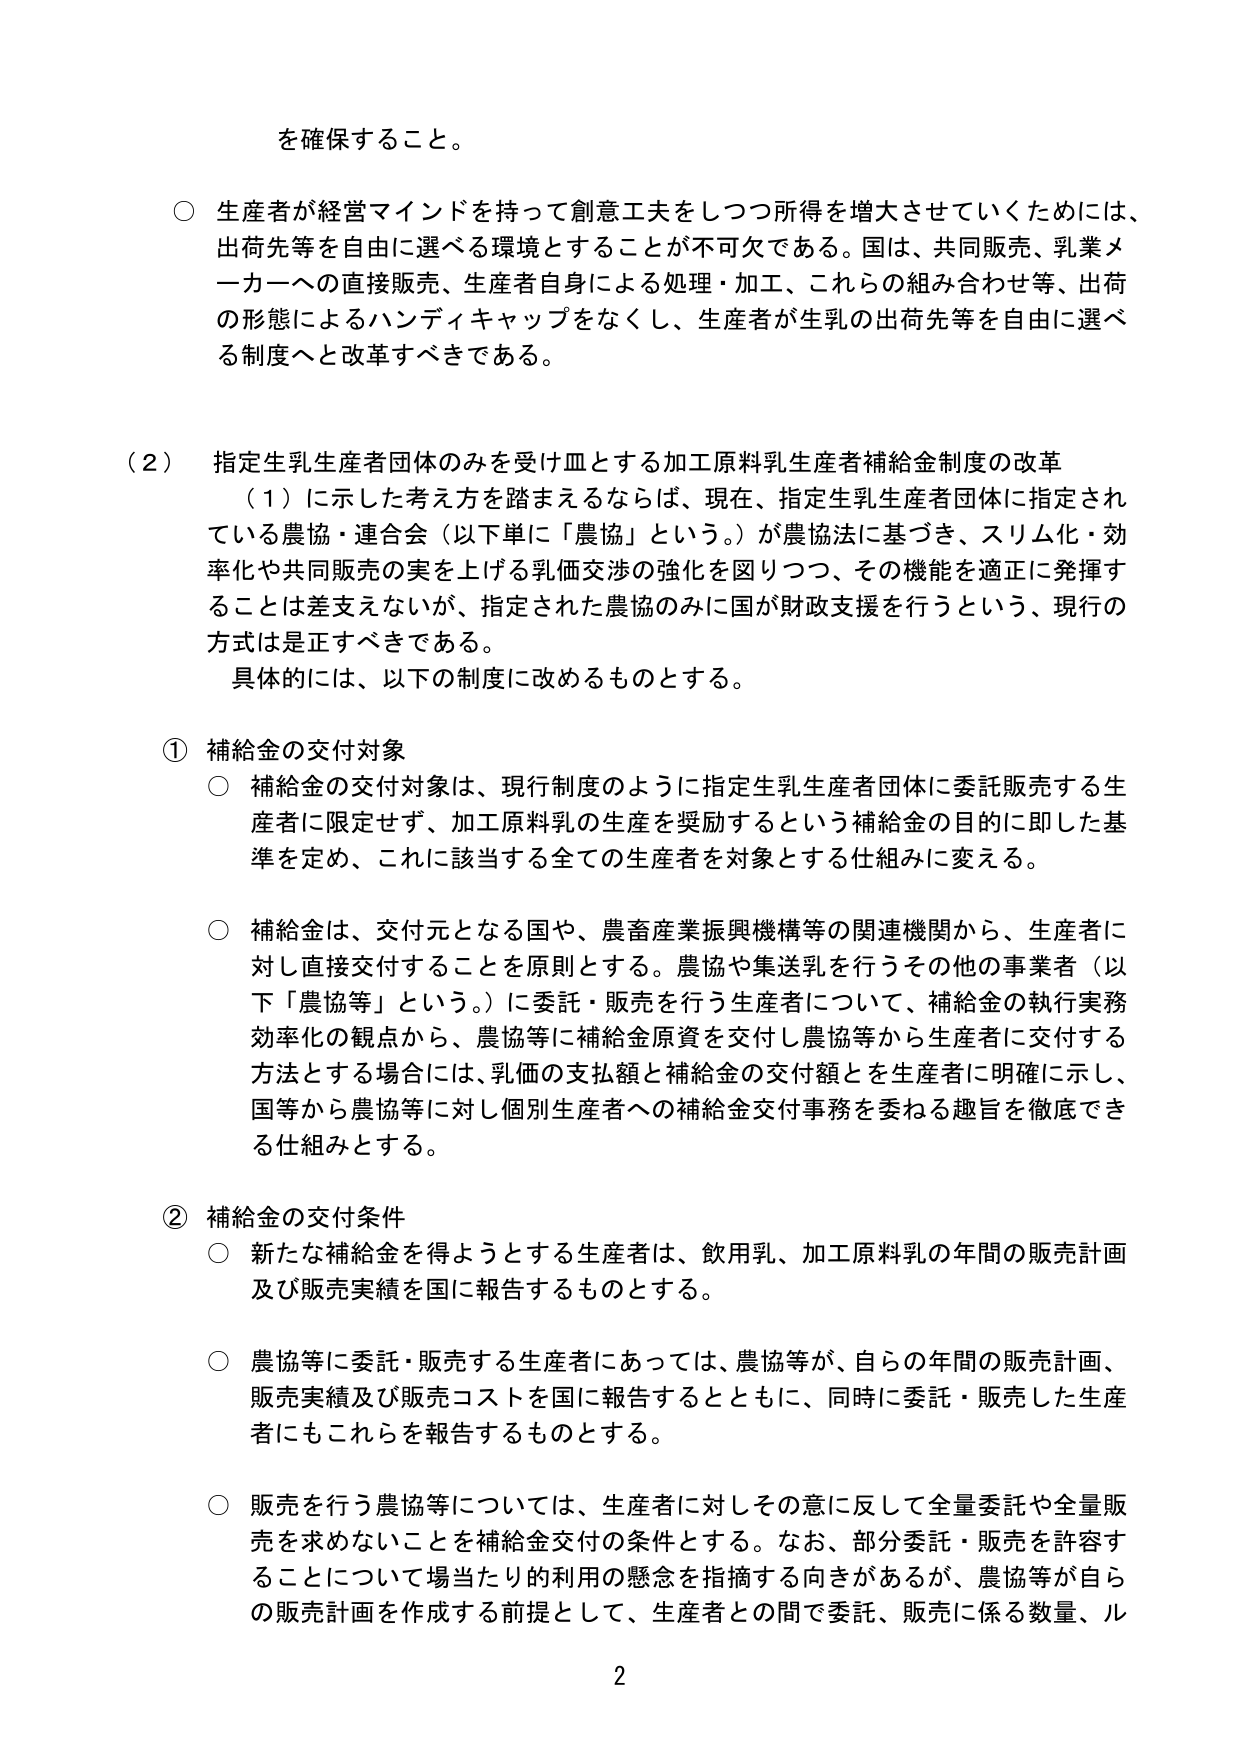
を確保すること。

○ 生産者が経営マインドを持って創意工夫をしつつ所得を増大させていくためには、出荷先等を自由に選べる環境とすることが不可欠である。国は、共同販売、乳業メーカーへの直接販売、生産者自身による処理・加工、これらの組み合わせ等、出荷の形態によるハンディキャップをなくし、生産者が生乳の出荷先等を自由に選べる制度へと改革すべきである。

（2） 指定生乳生産者団体のみを受け皿とする加工原料乳生産者補給金制度の改革
　（1）に示した考え方を踏まえるならば、現在、指定生乳生産者団体に指定されている農協・連合会（以下単に「農協」という。）が農協法に基づき、スリム化・効率化や共同販売の実を上げる乳価交渉の強化を図りつつ、その機能を適正に発揮することは差支えないが、指定された農協のみに国が財政支援を行うという、現行の方式は是正すべきである。
　具体的には、以下の制度に改めるものとする。

① 補給金の交付対象
○ 補給金の交付対象は、現行制度のように指定生乳生産者団体に委託販売する生産者に限定せず、加工原料乳の生産を奨励するという補給金の目的に即した基準を定め、これに該当する全ての生産者を対象とする仕組みに変える。

○ 補給金は、交付元となる国や、農畜産業振興機構等の関連機関から、生産者に対し直接交付することを原則とする。農協や集送乳を行うその他の事業者（以下「農協等」という。）に委託・販売を行う生産者について、補給金の執行実務効率化の観点から、農協等に補給金原資を交付し農協等から生産者に交付する方法とする場合には、乳価の支払額と補給金の交付額とを生産者に明確に示し、国等から農協等に対し個別生産者への補給金交付事務を委ねる趣旨を徹底できる仕組みとする。

② 補給金の交付条件
○ 新たな補給金を得ようとする生産者は、飲用乳、加工原料乳の年間の販売計画及び販売実績を国に報告するものとする。

○ 農協等に委託・販売する生産者にあっては、農協等が、自らの年間の販売計画、販売実績及び販売コストを国に報告するとともに、同時に委託・販売した生産者にもこれらを報告するものとする。

○ 販売を行う農協等については、生産者に対してその意に反して全量委託や全量販売を求めないことを補給金交付の条件とする。なお、部分委託・販売を許容することについて場当たりの利用の懸念を指摘する向きがあるが、農協等が自らの販売計画を作成する前提として、生産者との間で委託・販売に係る数量、ル

2